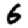
Digit: 6